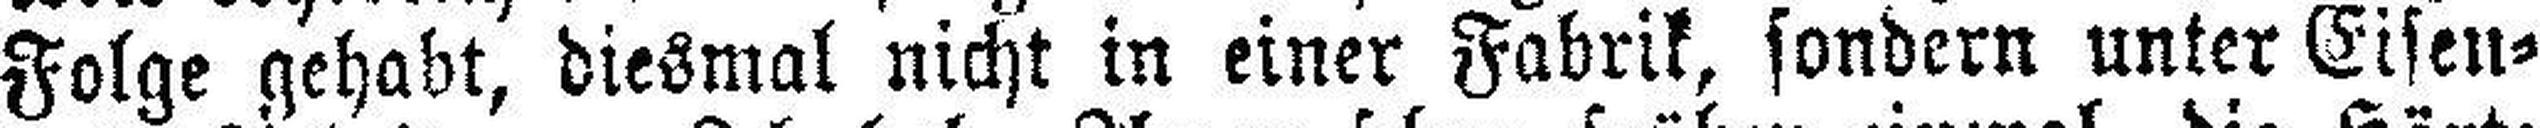
Folge gehabt, diesmal nicht in einer Fabrik, sondern unter Eisen¬